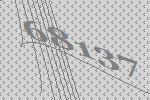
68137